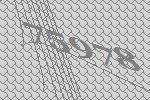
75978